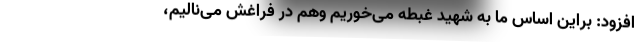
افزود: براین اساس ما به شهید غبطه می‌خوریم وهم در فراغش می‌نالیم،